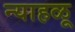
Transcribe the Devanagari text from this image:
न्याहळू